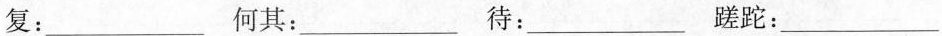
复：___ 何其：___ 待：___ 蹉跎：___